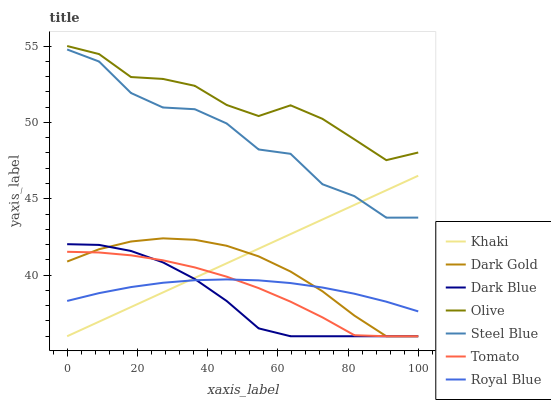
| xaxis_label | Khaki | Dark Gold | Dark Blue | Olive | Steel Blue | Tomato | Royal Blue |
 | --- | --- | --- | --- | --- | --- | --- | --- |
 | 0 | 36 | 40.9 | 42 | 55 | 54.8 | 41.5 | 38.3 |
 | 9.09 | 37 | 41.7 | 42 | 54.5 | 54 | 41.5 | 38.8 |
 | 18.2 | 37.9 | 42.2 | 41.6 | 53 | 51.9 | 41.3 | 39.2 |
 | 27.3 | 38.9 | 42.4 | 40.8 | 52.8 | 51 | 41 | 39.5 |
 | 36.4 | 39.8 | 42.3 | 39.7 | 52.4 | 50.9 | 40.5 | 39.7 |
 | 45.5 | 40.8 | 41.9 | 38.3 | 51.1 | 49.9 | 39.9 | 39.7 |
 | 54.5 | 41.7 | 41.2 | 36.5 | 50.4 | 48.2 | 39.2 | 39.7 |
 | 63.6 | 42.7 | 40.2 | 36 | 51.1 | 47.9 | 38.3 | 39.5 |
 | 72.7 | 43.6 | 38.9 | 36 | 50.2 | 46 | 37.2 | 39.2 |
 | 81.8 | 44.6 | 37.4 | 36 | 48.9 | 45.2 | 36.1 | 38.8 |
 | 90.9 | 45.6 | 36 | 36 | 47.5 | 43.8 | 36 | 38.3 |
 | 100 | 46.5 | 36 | 36 | 48 | 43.8 | 36 | 37.6 |